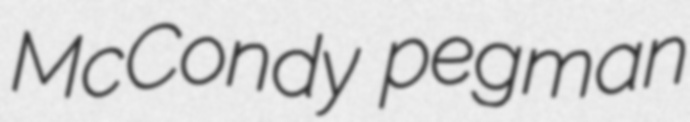
McCondy pegman